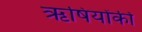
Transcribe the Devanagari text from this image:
ऋषियोंकी